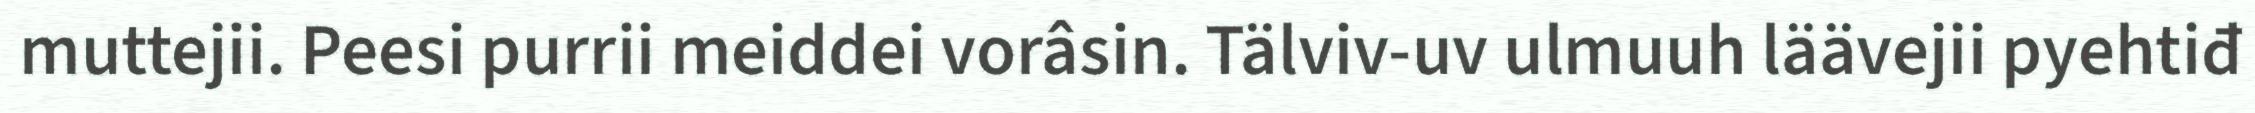
muttejii. Peesi purrii meiddei vorâsin. Tälviv-uv ulmuuh läävejii pyehtiđ